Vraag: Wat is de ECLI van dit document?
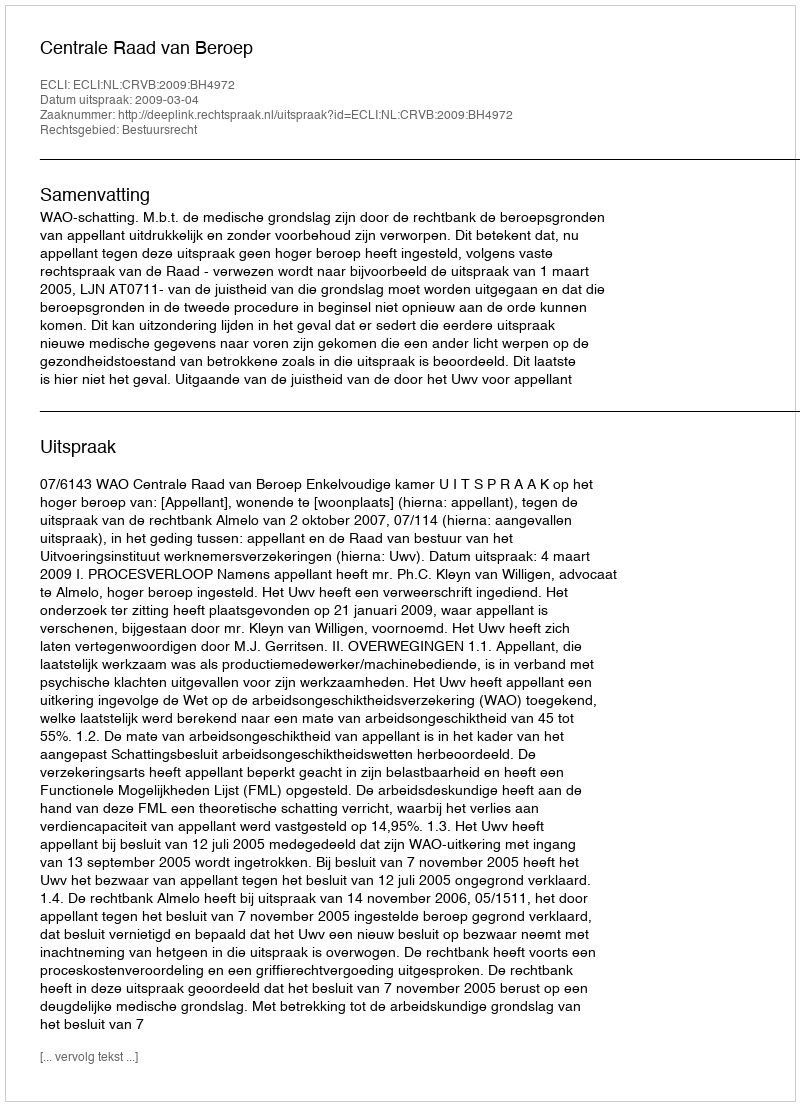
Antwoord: ECLI:NL:CRVB:2009:BH4972